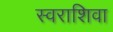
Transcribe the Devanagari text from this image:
स्वराशिवा